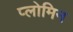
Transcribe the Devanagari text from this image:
प्लोमिन